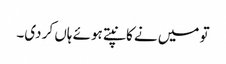
تو میں نے کانپتے ہوئے ہاں کر دی۔